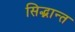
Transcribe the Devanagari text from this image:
सिद्भान्त